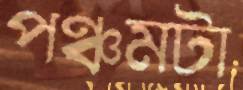
পঞ্চমটা